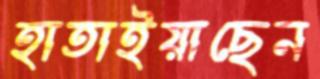
হাতাইয়াছেন